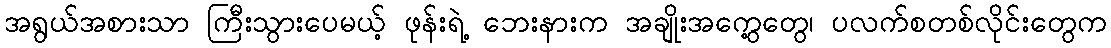
အရွယ်အစားသာ ကြီးသွားပေမယ့် ဖုန်းရဲ့ ဘေးနားက အချိုးအကွေ့တွေ၊ ပလက်စတစ်လိုင်းတွေက